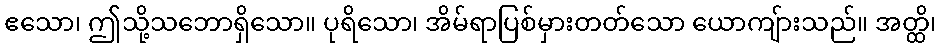
ဧသော၊ ဤသို့သဘောရှိသော။ ပုရိသော၊ အိမ်ရာပြစ်မှားတတ်သော ယောကျ်ားသည်။ အတ္ထိ၊